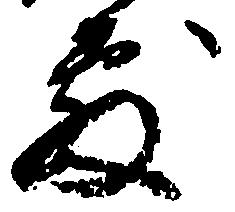
敷